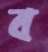
ব